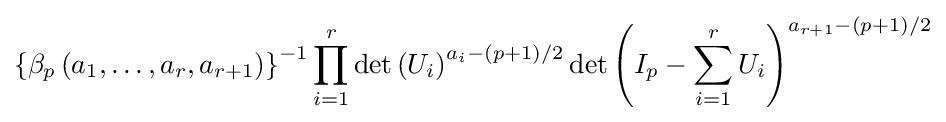
\left\{\beta _{p}\left(a_{1},\ldots ,a_{r},a_{r+1}\right)\right\}^{-1}\prod _{i=1}^{r}\det \left(U_{i}\right)^{a_{i}-(p+1)/2}\det \left(I_{p}-\sum _{i=1}^{r}U_{i}\right)^{a_{r+1}-(p+1)/2}